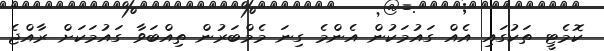
ކޮމެޓީ ތަކުގައި އެއް ގައުމަކުން އެންމެ ގިނަ މެމްބަރުން ތިއްބަވާ ގައުމަކަށް ރާއްޖެ